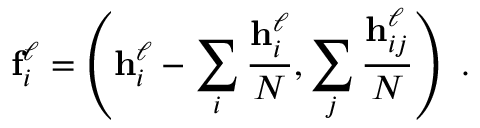
\mathbf f _ { i } ^ { \ell } = \left( \mathbf h _ { i } ^ { \ell } - \sum _ { i } \frac { \mathbf h _ { i } ^ { \ell } } N , \sum _ { j } \frac { \mathbf h _ { i j } ^ { \ell } } N \right) \ .